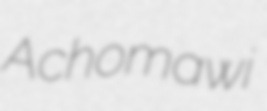
Achomawi